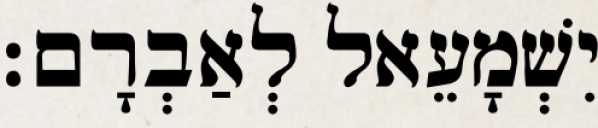
יִשְׁמָעֵאל לְאַבְרָם׃